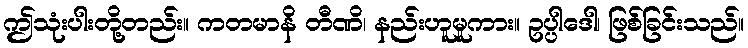
ဤသုံးပါးတို့တည်း။ ကတမာနိ တီဏိ၊ နည်းဟူမူကား။ ဥပ္ပါဒေါ၊ ဖြစ်ခြင်းသည်။